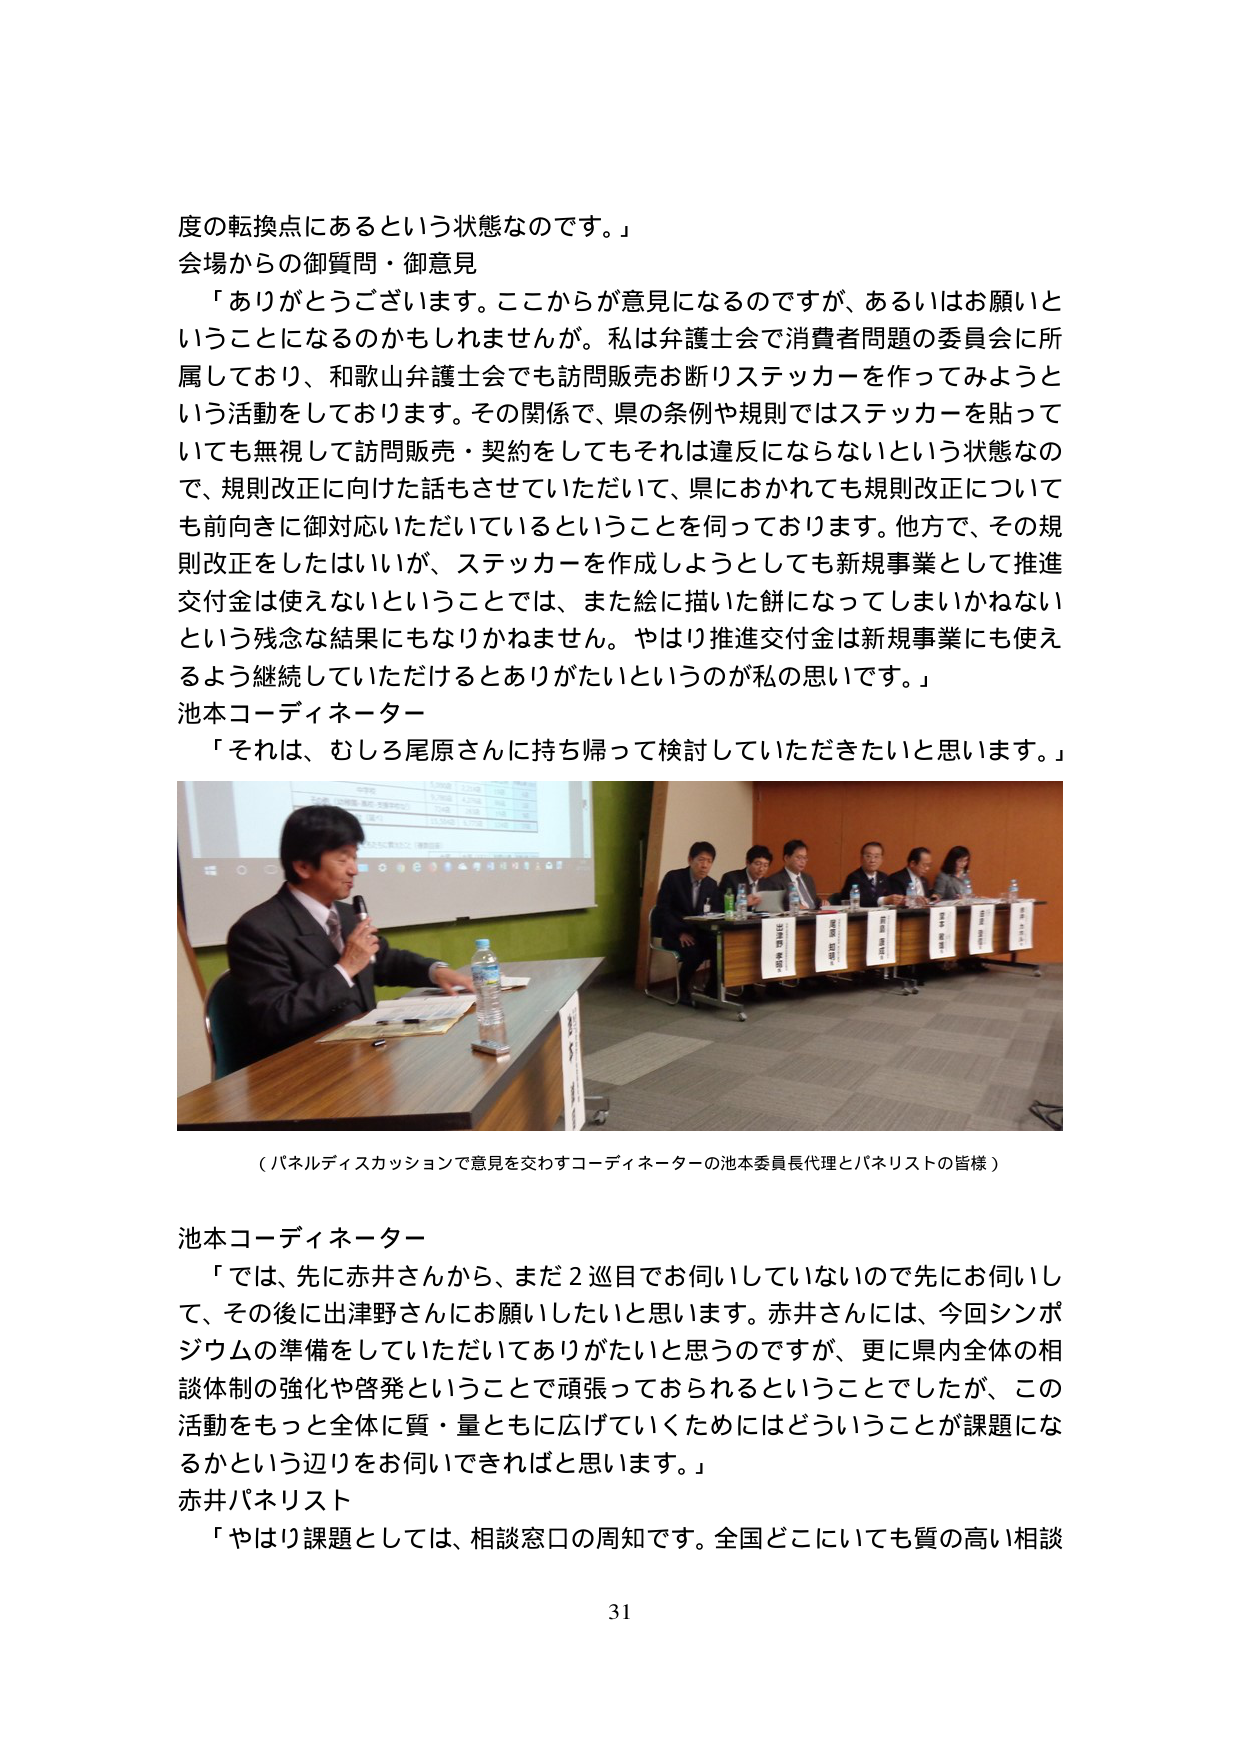
度の転換点にあるという状態なのです。」
会場からの御質問・御意見
　「ありがとうございます。ここからが意見になるのですが、あるいはお願いと
いうことになるのかもしれませんが。私は弁護士会で消費者問題の委員会に所
属しており、和歌山弁護士会でも訪問販売お断りステッカーを作ってみようと
いう活動をしております。その関係で、県の条例や規則ではステッカーを貼って
いても無視して訪問販売・契約をしてもそれは違反にならないという状態なの
で、規則改正に向けた話もさせていただいて、県におかれてても規則改正について
も前向きに御対応いただいているということを伺っております。他方で、その規
則改正をしたはいいが、ステッカーを作成しようとしても新規事業として推進
交付金は使えないということでは、また絵に描いた餅になってしまいかねない
という残念な結果にもなりかねません。やはり推進交付金は新規事業にも使え
るよう継続していただけるとありがたいというのが私の思いです。」
池本コーディネーター
　「それは、むしろ尾原さんに持ち帰って検討していただきたいと思います。」

（パネルディスカッションで意見を交わすコーディネーターの池本委員長代理とパネリストの皆様）

池本コーディネーター
　「では、先に赤井さんから、まだ２巡目でお伺いしていないので先にお伺いし
て、その後に出津野さんにお願いしたいと思います。赤井さんには、今回シンポ
ジウムの準備をしていただいてありがたいと思うのですが、更に県内全体の相
談体制の強化や啓発ということで頑張っておられるということでしたが、この
活動をもっと全体に質・量ともに広げていくためにはどういうことが課題にな
るかという辺りをお伺いできればと思います。」
赤井パネリスト
　「やはり課題としては、相談窓口の周知です。全国どこにいても質の高い相談

31